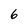
Character: 6